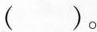
（）。